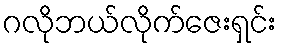
ဂလိုဘယ်လိုက်ဇေးရှင်း